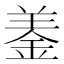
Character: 𨦋